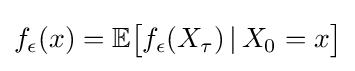
f_{\epsilon }(x)=\mathbb {E} {\big [}f_{\epsilon }(X_{\tau })\,|\,X_{0}=x{\big ]}